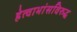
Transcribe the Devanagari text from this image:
हेत्वाभांसविरुद्ध